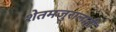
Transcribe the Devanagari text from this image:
शेतमजुरालाही